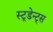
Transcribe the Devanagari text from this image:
स्टूडेन्ट्स